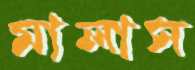
মালাস